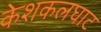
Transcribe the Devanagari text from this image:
केशकलघाट